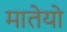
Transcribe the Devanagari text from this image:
मातेयो